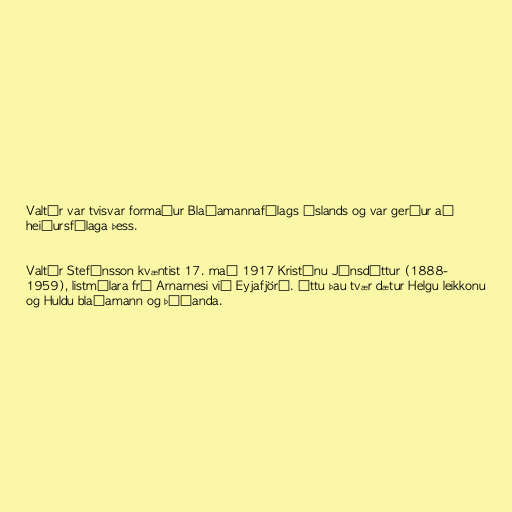
Valtýr var tvisvar formaður Blaðamannafélags Íslands og var gerður að
heiðursfélaga þess.

Valtýr Stefánsson kvæntist 17. maí 1917 Kristínu Jónsdóttur (1888-
1959), listmálara frá Arnarnesi við Eyjafjörð. Áttu þau tvær dætur Helgu leikkonu
og Huldu blaðamann og þýðanda.